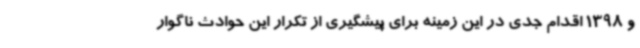
و 1398 اقدام جدی در این زمینه برای پیشگیری از تکرار این حوادث ناگوار